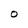
Character: O